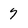
Character: 7